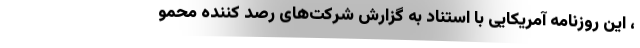
، این روزنامه آمریکایی با استناد به گزارش شرکت‌های رصد کننده محمو